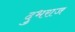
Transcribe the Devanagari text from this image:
दुभराज